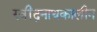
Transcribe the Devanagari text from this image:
रवींद्रनाथकालीन